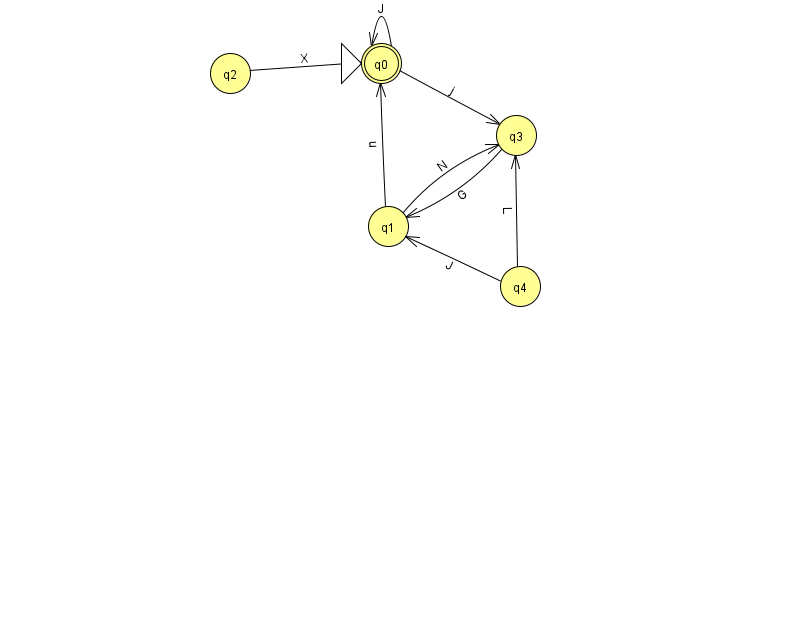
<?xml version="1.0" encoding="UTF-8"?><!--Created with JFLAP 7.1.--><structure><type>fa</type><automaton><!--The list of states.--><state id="0" name="q0"><x>381.0</x><y>50.0</y><initial/><final/></state><state id="1" name="q1"><x>388.0</x><y>213.0</y></state><state id="2" name="q2"><x>230.0</x><y>60.0</y></state><state id="3" name="q3"><x>516.0</x><y>122.0</y></state><state id="4" name="q4"><x>520.0</x><y>273.0</y></state><!--The list of transitions.--><transition><from>4</from><to>3</to><read>L</read></transition><transition><from>1</from><to>3</to><read>N</read></transition><transition><from>1</from><to>0</to><read>u</read></transition><transition><from>0</from><to>0</to><read>J</read></transition><transition><from>2</from><to>0</to><read>X</read></transition><transition><from>4</from><to>1</to><read>J</read></transition><transition><from>0</from><to>3</to><read>j</read></transition><transition><from>3</from><to>1</to><read>G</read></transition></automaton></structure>